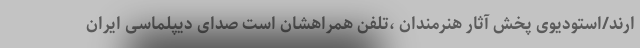
ارند/استودیوی پخش آثار هنرمندان ،تلفن همراهشان است صدای دیپلماسی ایران